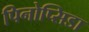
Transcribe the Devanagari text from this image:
पिनोप्सिडा